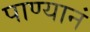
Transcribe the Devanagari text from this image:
पाण्यानं